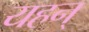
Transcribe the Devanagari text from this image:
यहन्